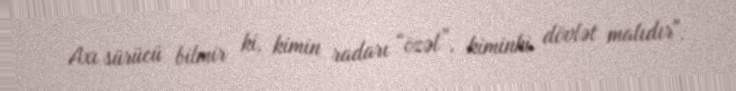
Axı sürücü bilmir ki, kimin radarı “özəl”, kiminki dövlət malıdır".